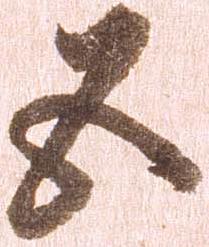
五